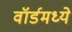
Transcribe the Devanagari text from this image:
वॉर्डमध्ये